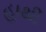
હાથી